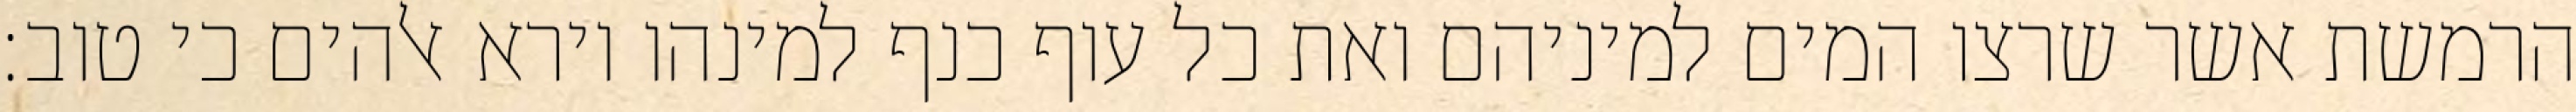
הרמשת אשר שרצו המים למיניהם ואת כל עוף כנף למינהו וירא אלהים כי טוב׃